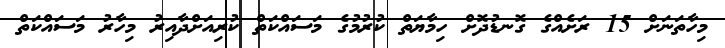
މިހާތަނަށް 15 ރަށެއްގެ ގޮނޑުދޮށް ހިމާޔަތް ކުރުމުގެ މަސައްކަތް ކުރިއަށްދާއިރު މިހާރު މަސައްކަތް